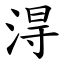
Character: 淂